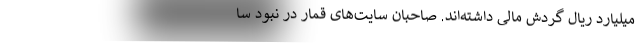
میلیارد ریال گردش مالی داشته‌اند. صاحبان سایت‌های قمار در نبود سا